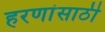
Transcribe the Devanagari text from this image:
हरणांसाठी